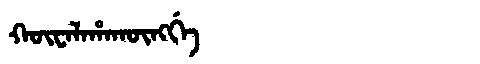
Manchu: ᡴᡡᠸᠠᠯᠠᡥᠠᡴᡡᠩᡤᡝ
Romanization: KŪWALAHAKŪNGGE